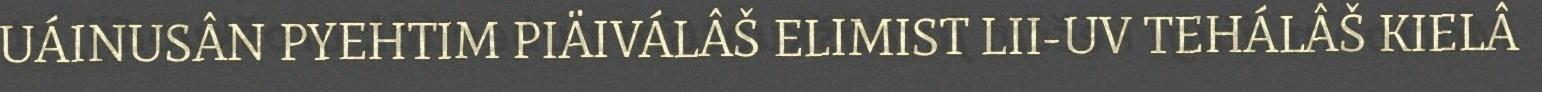
UÁINUSÂN PYEHTIM PIÄIVÁLÂŠ ELIMIST LII-UV TEHÁLÂŠ KIELÂ